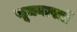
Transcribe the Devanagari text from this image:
सूचनापत्रों